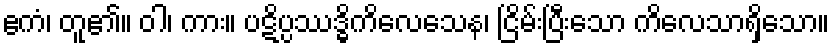
ဧကံ၊ တူ၏။ ဝါ၊ ကား။ ပဋိပ္ပဿဒ္ဓိကိလေသေန၊ ငြိမ်းပြီးသော ကိလေသာရှိသော။